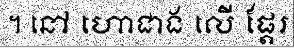
។ នៅ ហោជាង លើ ផ្តែរ